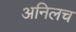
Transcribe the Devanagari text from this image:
अनिलच